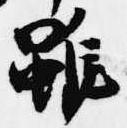
雖